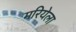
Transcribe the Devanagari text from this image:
मरियेला